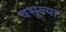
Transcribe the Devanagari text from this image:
वसूल्या